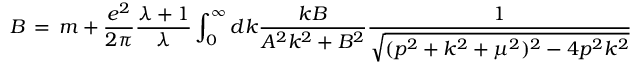
B \, = \, m + \frac { e ^ { 2 } } { 2 \pi } \frac { \lambda + 1 } { \lambda } \int _ { 0 } ^ { \infty } d k \frac { k B } { A ^ { 2 } k ^ { 2 } + B ^ { 2 } } \frac { 1 } { \sqrt { ( p ^ { 2 } + k ^ { 2 } + \mu ^ { 2 } ) ^ { 2 } - 4 p ^ { 2 } k ^ { 2 } } }